Civil Veterinary Department. United Provinces 1923-31 - 1923-1931
Year: 1923
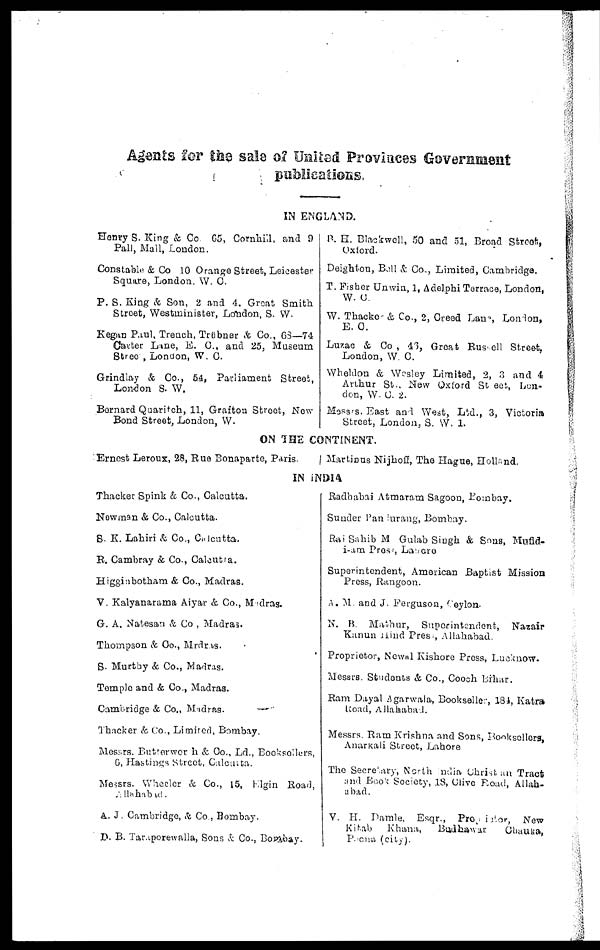
Agents for the sals of United Provinces Government
publications.
IN ENGLAND.
Henry S. King & Co. 65, Cornhill, and 9
Pall, Mall, London.
Constable & Co 10 Orange Street, Leicester
Square, London. W. C.
P. S. King & Son, 2 and 4, Groat Smith
Street, Westminister, London, S. W.
Kegan Paul, Trench, Trübner & Co., 68—74
Carter Lane, E. C., and 25, Museum
Street London, W. C.
Grindlay & Co., 5.4, Parliament Street,
London S. W.
Bernard Quaritch, 11, Graftoa Street, New
Bond Street, London, W.
B. H. Blackwell, 50 and 51, Broad Street,
Oxford.
Deighton, Bell & Co., Limited, Cambridge.
T. Fisher Unwin, 1, Adelphi Terrace, London,
W. C.
W. Thacker & Co., 2, Creed Lane, London,
E. C.
Luzac & Co , 46, Great Russell Street,
London, W. C.
Wheldon & Wesley Limited, 2, 3 and 4
Arthur St., New Oxford Street, Lon-
don, W. C. 2.
Messrs. East and West, Ltd., 3, Victoria
Street, London, S. W. 1.
ON THE CONTINENT.
Ernest Leroux, 28, Rue Bonaparte, Paris.
Martinus Nijhoff, The Hague, Holland.
IN INDIA
Thacker Spink & Co., Calcutta.
Nowman & Co., Calcutta.
S. K. Lahiri & Co., Calcutta.
B. Cambray & Co., Calcutta.
Higginbotham & Co., Madras.
V. Kalyanarama Aiyar & Co., Madras.
G. A. Natesan & Co , Madras.
Thompson & Co., Madras.
S. Murthy & Co., Madras.
Temple and & Co., Madras.
Cambridge & Co., Madras.
Thacker & Co., Limited, Bombay.
Messrs. Butterworh & Co., Ld., Booksellers,
6, Hastings Street, Calcutta.
Messrs. Wheeler & Co., 15, Elgin Road,
Allahabad.
A. J. Cambridge, & Co., Bombay.
D. B. Taraporewalla, Sons & Co., Bombay.
Radhabai Atmaram Sagoon, Bombay.
Sunder Pandurang, Bombay.
Rai Sahib M Gulab Singh & Sons, Mufid-
i-am Press, Lahore
Superintendent, American Baptist Mission
Press, Rangoon.
A. M. and J. Ferguson, Ceylon.
N. B. Mathur, Superintendent, Nazair
Kanun Hind Press, Allahabad.
Proprietor, Newal Kishore Press, Lucknow.
Messrs. Students & Co., Cooch Bihar.
Ram Dayal Agarwala, Bookseller, 181, Katra
Road, Allahabad.
Messrs. Ram Krishna and Sons, Booksellers,
Anarkali Street, Lahore
The Secretary, North India Christan Tract
and Book Society, 18, Clive Road, Allah-
abad.
V. H. Damle, Esqr.,
Proprietor,
New
Kitab
Khana,
Badhawar
Chauka,
Poona (city).